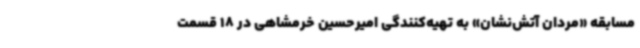
مسابقه «مردان آتش‌نشان» به تهیه‌کنندگی امیرحسین خرمشاهی در 18 قسمت